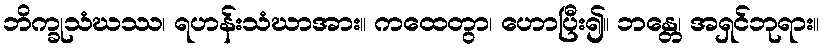
ဘိက္ခုသံဃဿ၊ ရဟန်းသံဃာအား။ ကထေတွာ၊ ဟောပြီး၍။ ဘန္တေ၊ အရှင်ဘုရား။